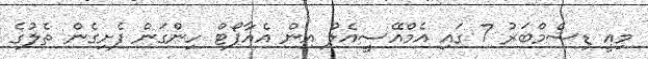
މިއީ ޑިސެމްބަރު 7 ގައި އެމްއޭސީއެލް އިން އެއާޕޯޓް ހިންގަން ފެށިގެން ތެލުގެ